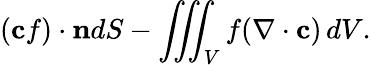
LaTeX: (\mathbf{c}f)\cdot\mathbf{n}dS-\iiint_{V}f(\nabla\cdot\mathbf{c})\, dV.